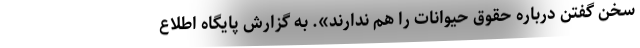
سخن گفتن درباره حقوق حیوانات را هم ندارند». به گزارش پایگاه اطلاع